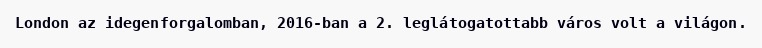
London az idegenforgalomban, 2016-ban a 2. leglátogatottabb város volt a világon.